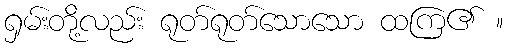
ရှမ်းတို့လည်း ရုတ်ရုတ်သောသော ထကြ၏ ။